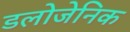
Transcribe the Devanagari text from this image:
डलोजेनिक